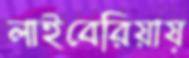
লাইবেরিয়ায়